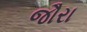
જૌરા